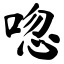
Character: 唿